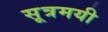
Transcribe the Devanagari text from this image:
सूत्रमयी